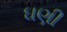
ઘણી